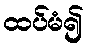
ထပ်မံ၍